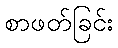
စာဖတ်ခြင်း